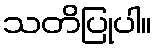
သတိပြုပါ။